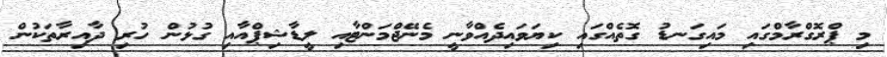
މި ޕްރޮގްރާމްގައި މައިގަނޑު ގޮތެއްގައި ކިޔަވައިދެއްވާނީ މެނޭޖްމަންޓާއި ލީޑާޝިޕްއާއި ގުޅުން ހުރި ދާއިރާތަކުން